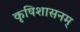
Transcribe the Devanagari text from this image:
कृषिशासनम्